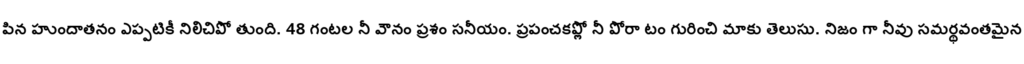
పిన హుందాతనం ఎప్పటికీ నిలిచిపో తుంది. 48 గంటల నీ వౌనం ప్రశం సనీయం. ప్రపంచకప్లో నీ పోరా టం గురించి మాకు తెలుసు. నిజం గా నీవు సమర్థవంతమైన